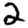
Digit: 2